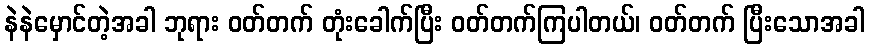
နဲနဲမှောင်တဲ့အခါ ဘုရား ဝတ်တက် တုံးခေါက်ပြီး ဝတ်တက်ကြပါတယ်၊ ဝတ်တက် ပြီးသောအခါ